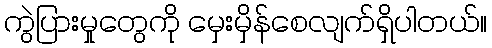
ကွဲပြားမှုတွေကို မှေးမှိန်စေလျက်ရှိပါတယ်။